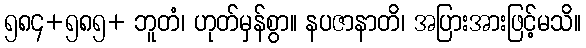
၅၈၄+၅၈၅+ ဘူတံ၊ ဟုတ်မှန်စွာ။ နပဇာနာတိ၊ အပြားအားဖြင့်မသိ။